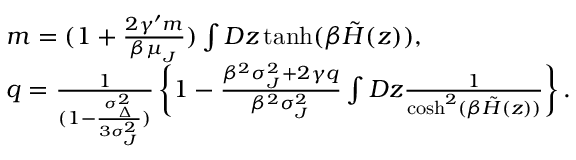
\begin{array} { r l } & { m = ( 1 + \frac { 2 \gamma ^ { \prime } m } { \beta \mu _ { _ { J } } } ) \int D z \operatorname { t a n h } ( \beta \tilde { H } ( z ) ) , } \\ & { q = \frac { 1 } { ( 1 - \frac { \sigma _ { _ { \Delta } } ^ { 2 } } { 3 \sigma _ { _ { J } } ^ { 2 } } ) } \left\{ 1 - \frac { \beta ^ { 2 } \sigma _ { _ { J } } ^ { 2 } + 2 \gamma q } { \beta ^ { 2 } \sigma _ { _ { J } } ^ { 2 } } \int D z \frac { 1 } { \cosh ^ { 2 } ( \beta \tilde { H } ( z ) ) } \right\} . } \end{array}